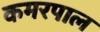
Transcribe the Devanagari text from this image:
कमरपाल